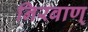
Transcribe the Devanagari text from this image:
निरबाण्